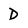
Character: D